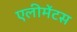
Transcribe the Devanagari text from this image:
एलीमेंटस